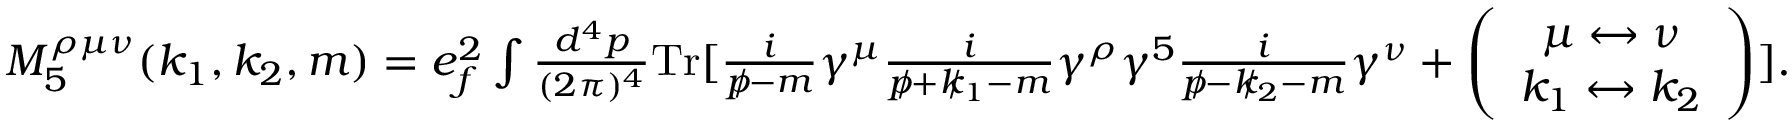
\begin{array} { r } { M _ { 5 } ^ { \rho \mu \nu } ( k _ { 1 } , k _ { 2 } , m ) = e _ { f } ^ { 2 } \int \frac { d ^ { 4 } p } { ( 2 \pi ) ^ { 4 } } \mathrm { { T r } } [ \frac { i } { p \! \! \! / - m } \gamma ^ { \mu } \frac { i } { p \! \! \! / + k \! \! \! / _ { 1 } - m } \gamma ^ { \rho } \gamma ^ { 5 } \frac { i } { p \! \! \! / - k \! \! \! / _ { 2 } - m } \gamma ^ { \nu } + \left( \begin{array} { c } { \mu \leftrightarrow \nu } \\ { k _ { 1 } \leftrightarrow k _ { 2 } } \end{array} \right) ] . } \end{array}